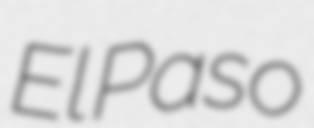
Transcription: El Paso